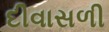
દીવાસળી